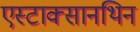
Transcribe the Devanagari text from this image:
एस्टाक्सानथिन